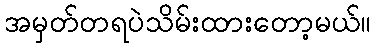
အမှတ်တရပဲသိမ်းထားတော့မယ်။